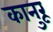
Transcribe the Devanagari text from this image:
कानुरू